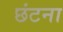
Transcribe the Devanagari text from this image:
छंटना